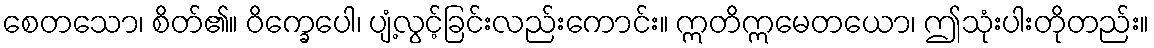
စေတသော၊ စိတ်၏။ ဝိက္ခေပေါ၊ ပျံ့လွင့်ခြင်းလည်းကောင်း။ ဣတိဣမေတယော၊ ဤသုံးပါးတိုတည်း။